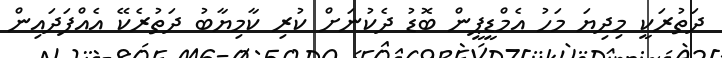
ދަތުރަކީ މިދިޔަ މަހު އެމްޑީޕީން ބޮޑު ދެކުނަށް ކުރި ކާމިޔާބު ދަތުރެކޭ އެއްފަދައިން